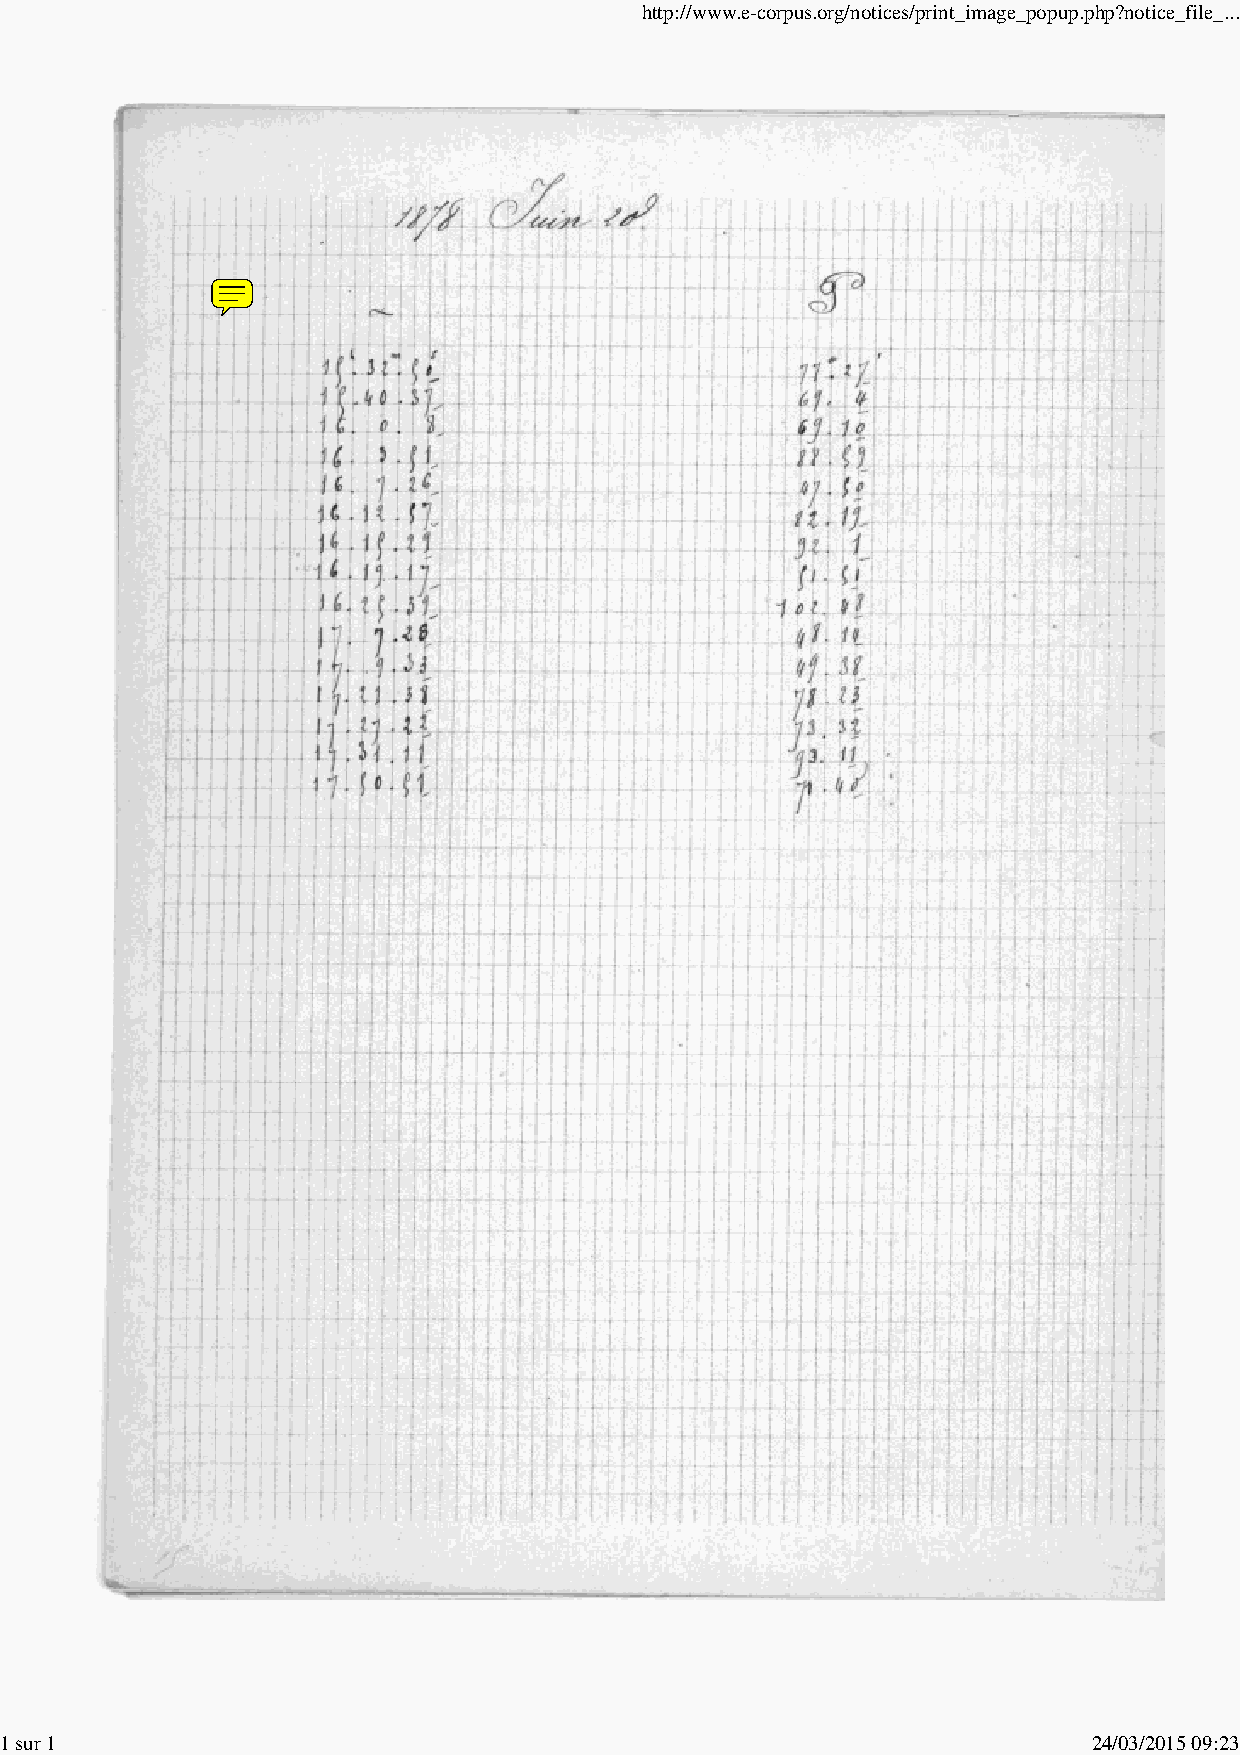
http://www.e-corpus.org/notices/print_image_popup.php?notice_file_...
 1 sur 1                                                                 24/03/2015 09:23